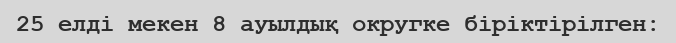
25 елді мекен 8 ауылдық округке біріктірілген: